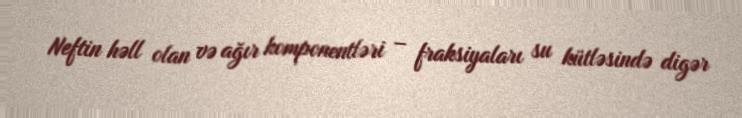
Neftin həll olan və ağır komponentləri – fraksiyaları su kütləsində digər